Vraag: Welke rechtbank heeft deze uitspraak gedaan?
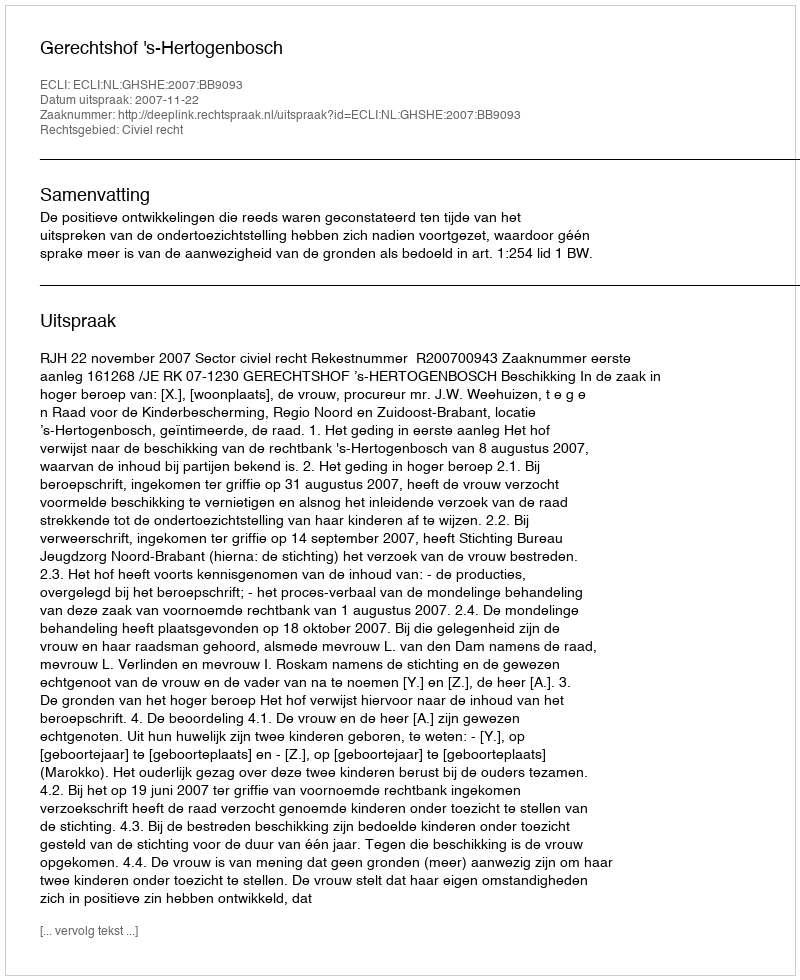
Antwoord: Gerechtshof 's-Hertogenbosch